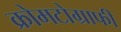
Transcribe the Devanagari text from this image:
क्रोमटोग्राफी